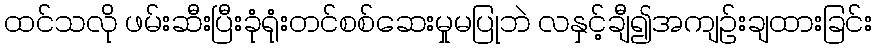
ထင်သလို ဖမ်းဆီးပြီးခုံရုံးတင်စစ်ဆေးမှုမပြုဘဲ လနှင့်ချီ၍အကျဉ်းချထားခြင်း